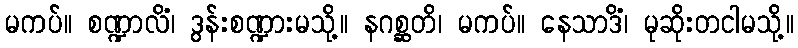
မကပ်။ စဏ္ဍာလိံ၊ ဒွန်းစဏ္ဍားမသို့။ နဂစ္ဆတိ၊ မကပ်။ နေသာဒိံ၊ မုဆိုးတငါမသို့။